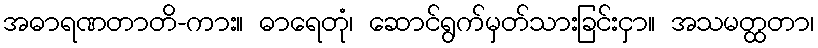
အဓာရဏတာတိ-ကား။ ဓာရေတုံ၊ ဆောင်ရွက်မှတ်သားခြင်းငှာ။ အသမတ္ထတာ၊